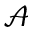
\mathcal { A }